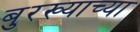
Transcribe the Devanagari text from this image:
बुरख्याच्या